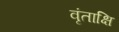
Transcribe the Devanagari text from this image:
वृंताक्षि